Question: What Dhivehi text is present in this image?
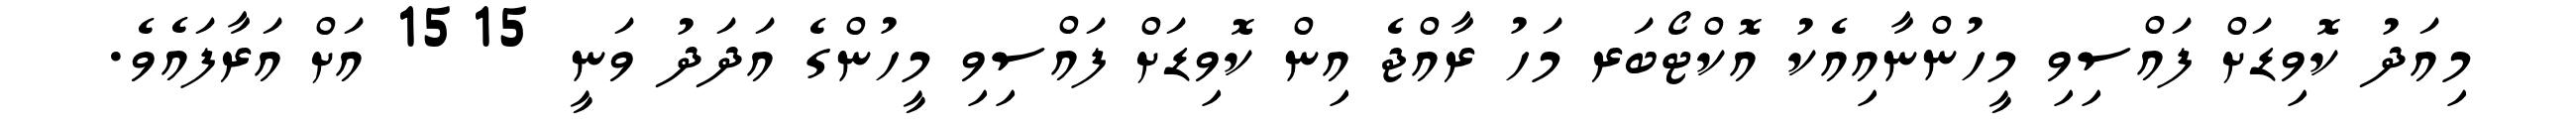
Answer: މިއަދު ކޮވިޑަށް ފައްސިވި މީހުންނާއިއެކު އޮކްޓޯބަރ މަހު ރާއްޖެ އިން ކޮވިޑަށް ފައްސިވި މީހުންގެ އަދަދު ވަނީ 1515 އަށް އަރާފައެވެ.